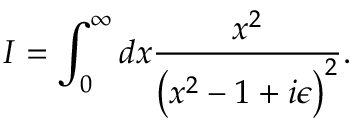
I = \int _ { 0 } ^ { \infty } d x { \frac { x ^ { 2 } } { \left( x ^ { 2 } - 1 + i \epsilon \right) ^ { 2 } } } .